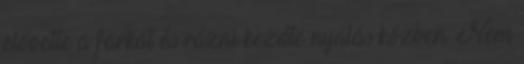
elővette a farkát és rázni kezdte nyalás közben. Nem